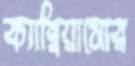
ক্যাম্বিয়াসোর